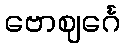
ဗောဈင်္ဂေ